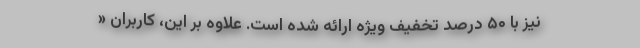
نیز با ۵۰ درصد تخفیفِ ویژه ارائه شده است. علاوه بر این، کاربران «